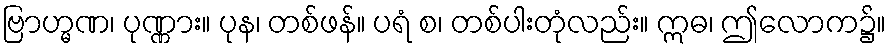
ဗြာဟ္မဏ၊ ပုဏ္ဏား။ ပုန၊ တစ်ဖန်။ ပရံ စ၊ တစ်ပါးတုံလည်း။ ဣဓ၊ ဤလောက၌။